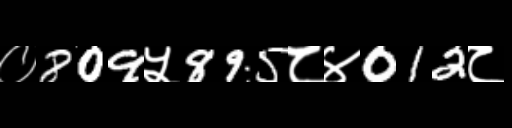
Text: ०809५895८४012८